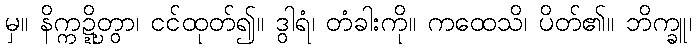
မှ။ နိက္ကဍ္ဍ္ဎိတွာ၊ ငင်ထုတ်၍။ ဒွါရံ၊ တံခါးကို။ ကထေသိ၊ ပိတ်၏။ ဘိက္ခူ၊